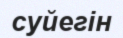
суйегін